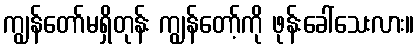
ကျွန်တော်မရှိတုန်း ကျွန်တော့်ကို ဖုန်းခေါ်သေးလား။